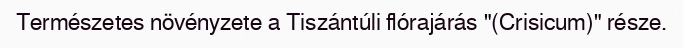
Természetes növényzete a Tiszántúli flórajárás "(Crisicum)" része.